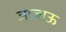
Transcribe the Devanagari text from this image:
जाजाऊ